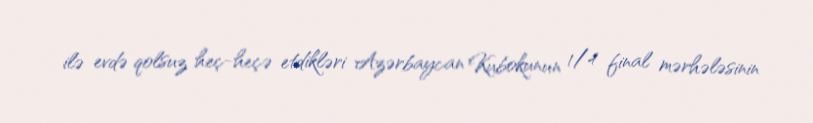
ilə evdə qolsuz heç-heçə etdikləri Azərbaycan Kubokunun 1/4 final mərhələsinin